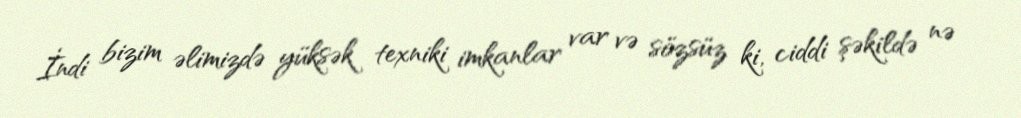
İndi bizim əlimizdə yüksək texniki imkanlar var və sözsüz ki, ciddi şəkildə nə